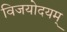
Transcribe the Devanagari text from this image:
विजयोदयम्